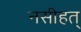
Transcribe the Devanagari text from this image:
नसीहत्